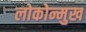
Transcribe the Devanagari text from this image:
लोकोन्मुख